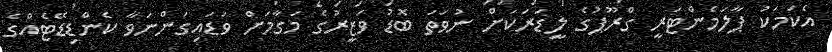
އެކަމަކު ޕާލަމެންޓަރީ ގްރޫޕުގެ ލީޑަރަކަށް ނުވަތަ ބޮޑު ވަޒީރުގެ މަގާމަށް ވަޑައިގަންނަވާ ކެންޑިޑޭޓެއްގެ